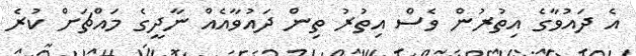
އެ ދައުވާގެ އިތުރުން ވެސް އިތުރު ތިން ދައުވާއެއް ނާދީގެ މައްޗަށް ކުރެ